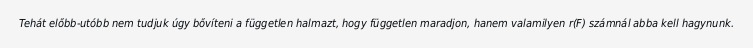
Tehát előbb-utóbb nem tudjuk úgy bővíteni a független halmazt, hogy független maradjon, hanem valamilyen r(F) számnál abba kell hagynunk.